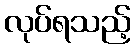
လုပ်ရသည့်